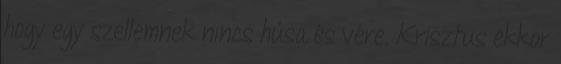
hogy egy szellemnek nincs húsa és vére. Krisztus ekkor